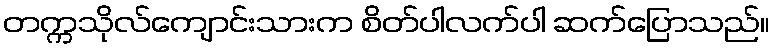
တက္ကသိုလ်ကျောင်းသားက စိတ်ပါလက်ပါ ဆက်ပြောသည်။